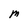
Character: M